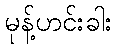
မုန့်ဟင်းခါး